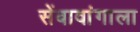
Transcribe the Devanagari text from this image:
सेंबावांगाला